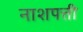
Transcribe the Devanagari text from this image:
नाशपत्ती